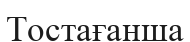
Тостағанша